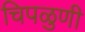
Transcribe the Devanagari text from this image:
चिपळुणी